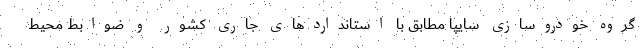
گروه خودروسازی سایپا مطابق با استانداردهای جاری کشور و ضوابط محیط‌